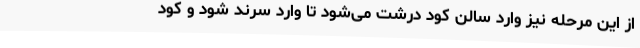
از این مرحله نیز وارد سالن کود درشت می‌شود تا وارد سرند شود و کود